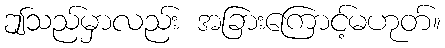
ဤသည်မှာလည်း အခြားကြောင့်မဟုတ်။